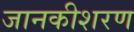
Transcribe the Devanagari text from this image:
जानकीशरण